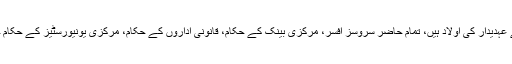
اس کے علاوہ وہ افراد جو کمشنر کے پاس مہاجر کے طور پر رجسٹرڈ ہیں یا جو وفاقی حکومت کے عہدیدار کی اولاد ہیں، تمام حاضر سروسز افسر، مرکزی بینک کے حکام، قانونی اداروں کے حکام، مرکزی یونیورسٹیز کے حکام جنہوں نے مقبوضہ کشمیر میں 10سال اپنی خدمات دی ہوں وہ ڈومیسائل سرٹفکیٹ کے اہل ہوں گے۔